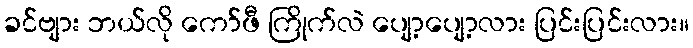
ခင်ဗျား ဘယ်လို ကော်ဖီ ကြိုက်လဲ ပျော့ပျော့လား ပြင်းပြင်းလား။